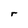
Character: r